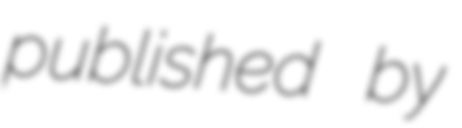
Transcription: published by